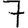
Digit: 7